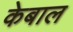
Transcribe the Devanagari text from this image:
केबाल